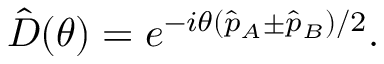
\hat { D } ( \theta ) = e ^ { - i \theta ( \hat { p } _ { A } \pm \hat { p } _ { B } ) / 2 } .